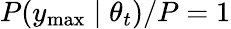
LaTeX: P(y_{\mathrm{max}}\mid\theta_{t})/P=1